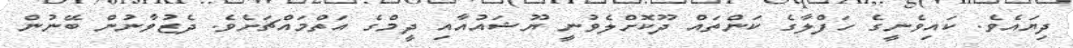
ދިޔައެވެ. ކައިވެނީގެ ހަފްލާގެ ކަންތައް ދޫކޮށްލެވުނީ ޔޫޝައުއާއި ދީމްގެ އަތްމައްޗަށެވެ. ދެޒުވާނުން ބޭނުން